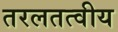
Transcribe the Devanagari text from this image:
तरलतत्वीय